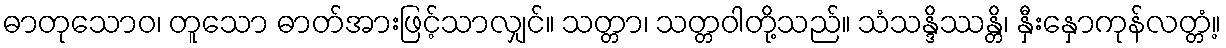
ဓာတုသောဝ၊ တူသော ဓာတ်အားဖြင့်သာလျှင်။ သတ္တာ၊ သတ္တဝါတို့သည်။ သံသန္ဒိဿန္တိ၊ နှီးနှောကုန်လတ္တံ့။